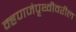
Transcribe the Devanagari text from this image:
म्हणजेपृथ्वीवरील